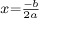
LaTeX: \scriptstyle x = { \frac { - b } { 2 a } }